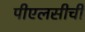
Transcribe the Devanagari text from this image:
पीएलसीची